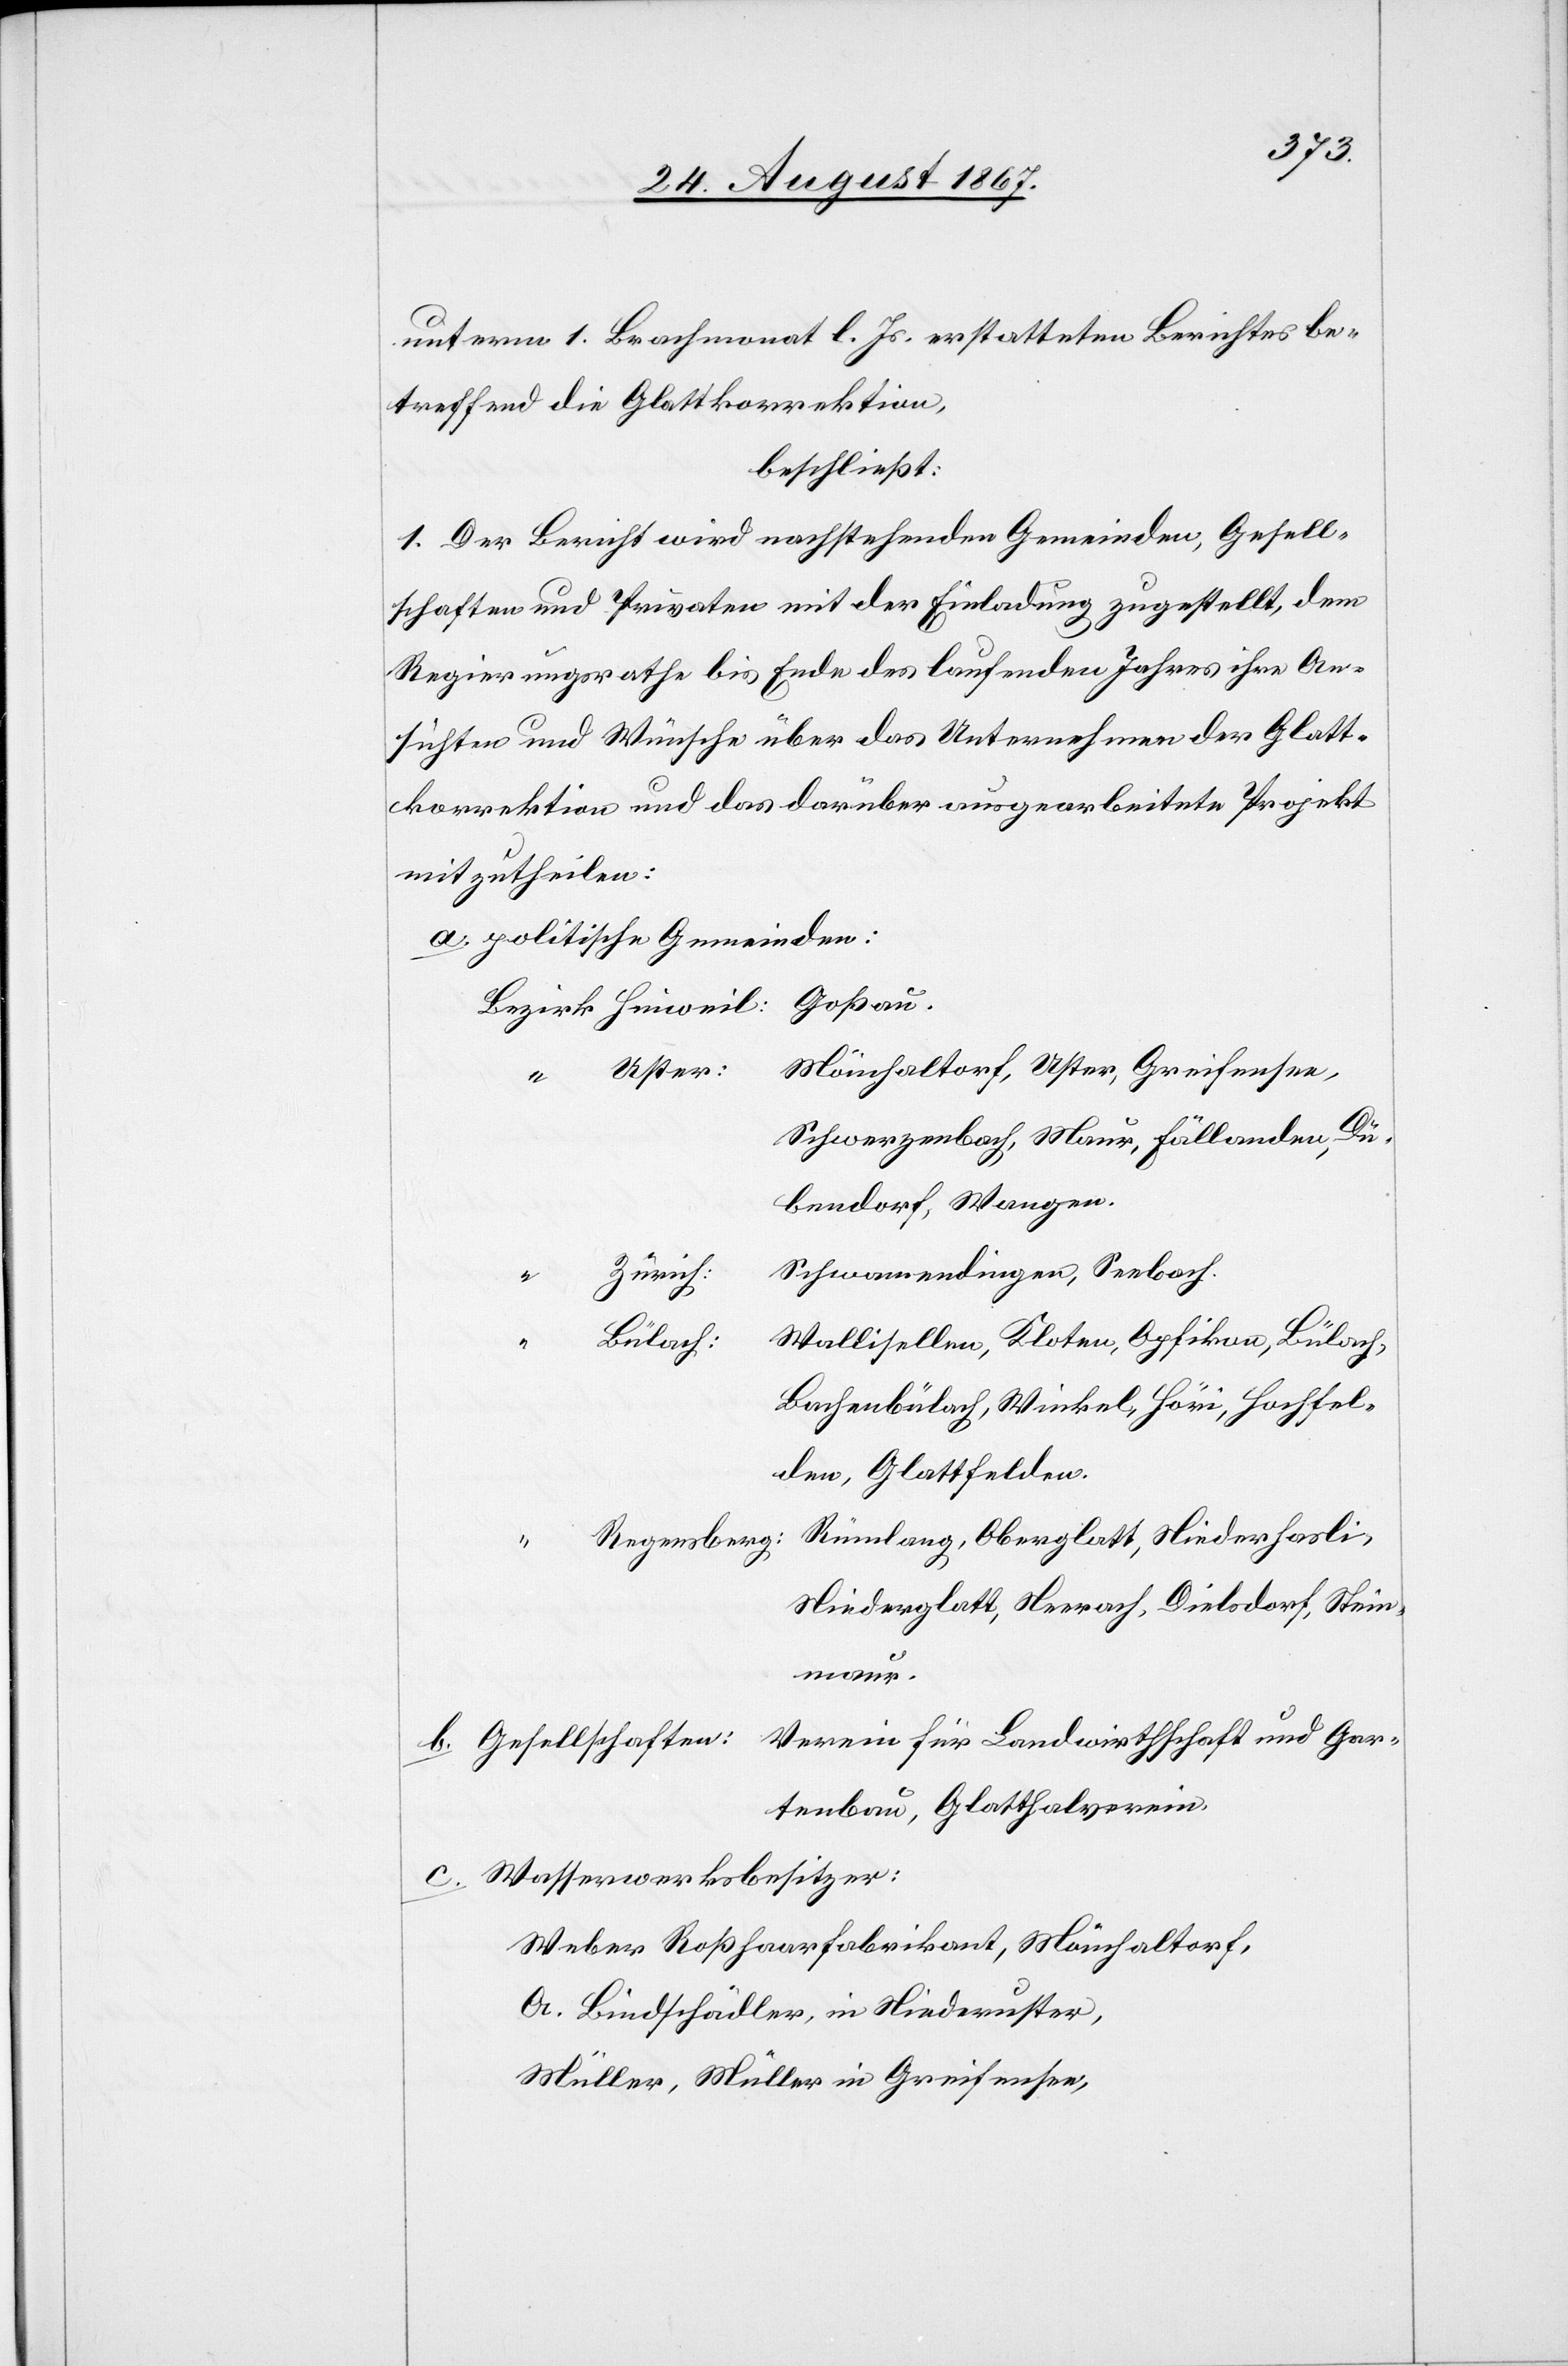
unterm 1. Brachmonat l. Js. erstatteten Berichtes be¬
treffend die Glattkorrektion,
beschließt:
1. Der Bericht wird nachstehenden Gemeinden, Gesell¬
schaften und Privaten mit der Einladung zugestellt, dem
Regierungsrathe bis Ende des laufenden Jahres ihre An¬
sichten und Wünsche über das Unternehmen der Glatt¬
korrektion und das darüber ausgearbeitete Projekt
mitzutheilen:
a. politische Gemeinden:
Mönchaltorf, Uster, Greifensee,
Uster:
Schwerzenbach, Maur, Fällanden, Dü¬
bendorf, Wangen.
Schwamendingen, Seebach.
Zürich:
und
Wallisellen, Kloten, Opfikon, Bülach,
Bülach:
Bachenbülach, Winkel, Höri, Hochfel¬
den, Glattfelden.
Rümlang, Oberglatt, Niederhasli,
Regensberg:
Gar¬
Niederglatt, Neerach, Dielsdorf, Stein¬
maur.
tenbau, Glatthalbverein.
Wasserwerksbesitzer:
b.
Weber Roßhaarfabrikant, Mönchaltorf,
A. Bindschädler, in Niederuster,
Müller, Müller in Greifensee,